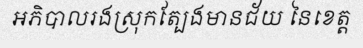
អភិបាលរងស្រុកត្បែងមានជ័យ នៃខេត្ត